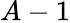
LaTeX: A-1